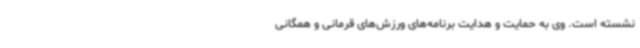
نشسته است. وی به حمایت و هدایت برنامه‌های ورزش‌های قرمانی و همگانی